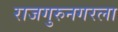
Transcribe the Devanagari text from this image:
राजगुरुनगरला